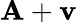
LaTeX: \mathbf{A}+\mathbf{{v}}